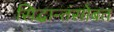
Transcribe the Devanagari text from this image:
सिद्धान्तंसोबत